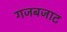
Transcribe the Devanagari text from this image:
गजबजाट